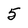
Character: 5